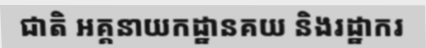
ជាតិ អគ្គនាយកដ្ឋានគយ និងរដ្ឋាករ